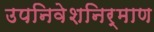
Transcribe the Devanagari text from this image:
उपनिवेशनिर्माण